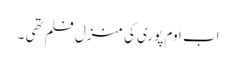
اب اوم پوری کی منزل فلم تھی ۔